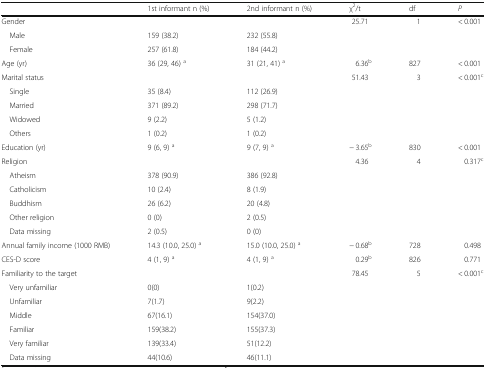
|  | 1st informant n (%) | 2nd informant n (%) | χ2/t | df | P |
 | --- | --- | --- | --- | --- | --- |
 | Gender |  |  | 25.71 | 1 | < 0.001 |
 | Male | 159 (38.2) | 232 (55.8) |  |  |  |
 | Female | 257 (61.8) | 184 (44.2) |  |  |  |
 | Age (yr) | 36 (29, 46) a | 31 (21, 41) a | 6.36b | 827 | < 0.001 |
 | Marital status |  |  | 51.43 | 3 | < 0.001c |
 | Single | 35 (8.4) | 112 (26.9) |  |  |  |
 | Married | 371 (89.2) | 298 (71.7) |  |  |  |
 | Widowed | 9 (2.2) | 5 (1.2) |  |  |  |
 | Others | 1 (0.2) | 1 (0.2) |  |  |  |
 | Education (yr) | 9 (6, 9) a | 9 (7, 9) a | − 3.65b | 830 | < 0.001 |
 | Religion |  |  | 4.36 | 4 | 0.317c |
 | Atheism | 378 (90.9) | 386 (92.8) |  |  |  |
 | Catholicism | 10 (2.4) | 8 (1.9) |  |  |  |
 | Buddhism | 26 (6.2) | 20 (4.8) |  |  |  |
 | Other religion | 0 (0) | 2 (0.5) |  |  |  |
 | Data missing | 2 (0.5) | 0 (0) |  |  |  |
 | Annual family income (1000 RMB) | 14.3 (10.0, 25.0) a | 15.0 (10.0, 25.0) a | − 0.68b | 728 | 0.498 |
 | CES-D score | 4 (1, 9) a | 4 (1, 9) a | 0.29b | 826 | 0.771 |
 | Familiarity to the target |  |  | 78.45 | 5 | < 0.001c |
 | Very unfamiliar | 0(0) | 1(0.2) |  |  |  |
 | Unfamiliar | 7(1.7) | 9(2.2) |  |  |  |
 | Middle | 67(16.1) | 154(37.0) |  |  |  |
 | Familiar | 159(38.2) | 155(37.3) |  |  |  |
 | Very familiar | 139(33.4) | 51(12.2) |  |  |  |
 | Data missing | 44(10.6) | 46(11.1) |  |  |  |